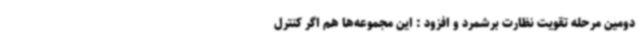
دومین مرحله تقویت نظارت برشمرد و افزود : این مجموعه‌ها هم اگر کنترل